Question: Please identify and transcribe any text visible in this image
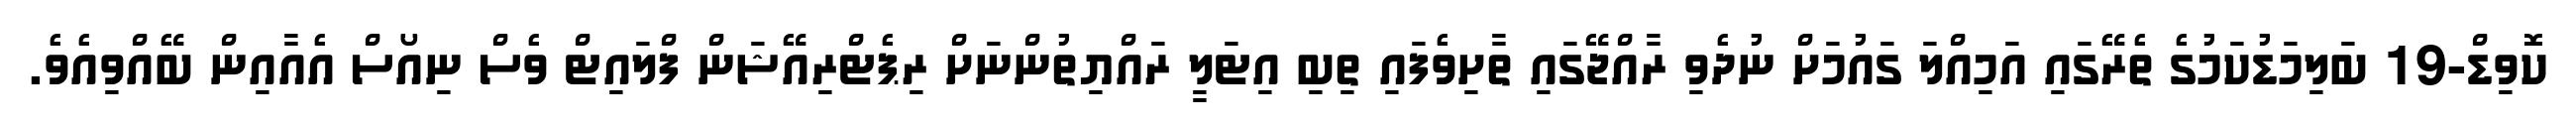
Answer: ކޮވިޑް-19 ބަލިމަޑުކަމުގެ ތެރޭގައި އަމިއްލަ ގައުމަށް ނުދެވި ރާއްޖޭގައި ތާށިވެފައި ތިބި އިޓަލީ ރައްޔިތުންނަށް ރިޕެޓްރިއޭޝަން ފްލައިޓް ވެސް ނިއޯސް އެއާއިން ބޭއްވިއެވެ.